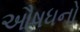
ઔષધનો